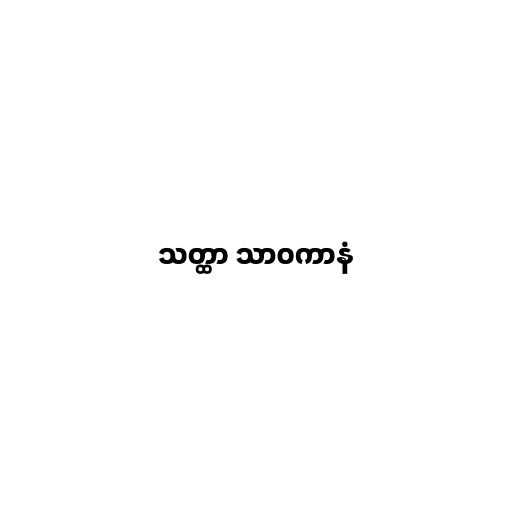
သတ္ထာ သာဝကာနံ